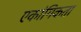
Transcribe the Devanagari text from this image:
एकांगिकता